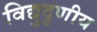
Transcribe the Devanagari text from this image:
विद्युदृणीय